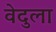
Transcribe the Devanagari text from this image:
वेदुला